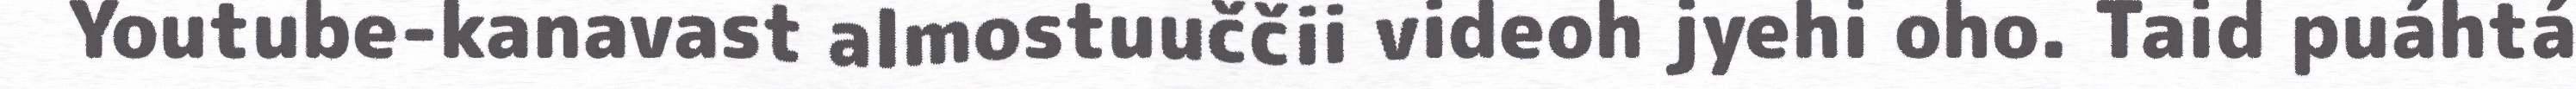
Youtube-kanavast almostuuččii videoh jyehi oho. Taid puáhtá